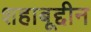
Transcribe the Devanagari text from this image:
शहाबूद्दीन